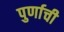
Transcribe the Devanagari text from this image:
पुर्णाची